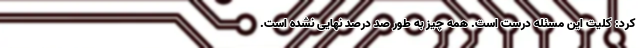
کرد: کلیت این مسئله درست است. همه چیز به طور صد درصد نهایی نشده است.